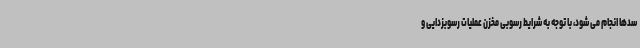
سدها انجام می شود، با توجه به شرایط رسوبی مخزن عملیات رسوبزدایی و